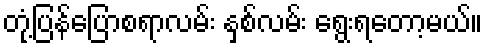
တုံ့ပြန်ပြောစရာလမ်း နှစ်လမ်း ရွေးရတော့မယ်။